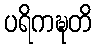
ပရိကဍ္ဎတိ